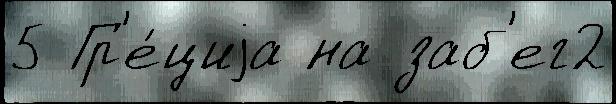
5 Гр'е́циjа на заб'ег2